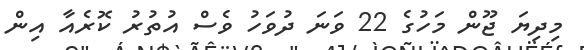
މިދިޔަ ޖޫން މަހުގެ 22 ވަނަ ދުވަހު ވެސް އުތުރު ކޮރެއާ އިން